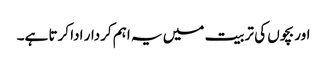
اور بچوں کی تربیت میں یہ اہم کردار ادا کرتا ہے۔